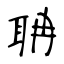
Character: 聃